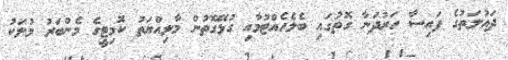
ދައުލަތުގެ ފައިސާ ހަރުދަނާ ގޮތުގައި ބެލެހެއްޓުމާއި ގުޅޭގޮތުން މާލިއްޔަތު ކޮމިޓީގެ މެންބަރު މުލަކު